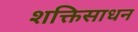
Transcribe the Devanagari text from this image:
शक्तिसाधन